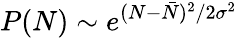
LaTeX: P(N)\sim e^{(N-\bar{N})^{2}/2\sigma^{2}}